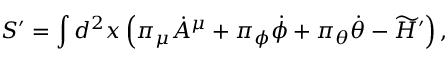
S ^ { \prime } = \int d ^ { 2 } x \left( \pi _ { \mu } { \dot { A } } ^ { \mu } + \pi _ { \phi } { \dot { \phi } } + \pi _ { \theta } { \dot { \theta } } - \widetilde { \cal H } ^ { \prime } \right) ,